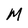
Character: M